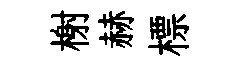
榭赫標